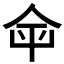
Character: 𡴌